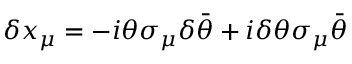
\delta x _ { \mu } = - i \theta \sigma _ { \mu } \delta \bar { \theta } + i \delta \theta \sigma _ { \mu } \bar { \theta }